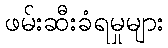
ဖမ်းဆီးခံရမှုများ